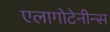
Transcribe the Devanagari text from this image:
एलागोटेनीन्स